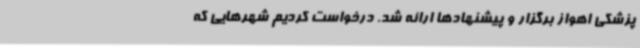
پزشکی اهواز برگزار و پیشنهادها ارائه شد. درخواست کردیم شهرهایی که